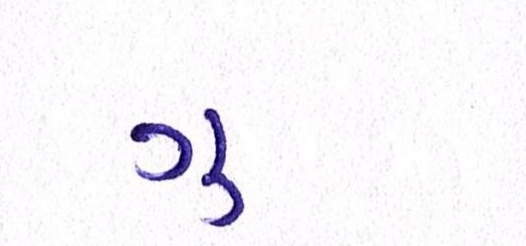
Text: ગુ